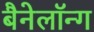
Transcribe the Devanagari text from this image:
बैनेलॉन्ग